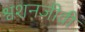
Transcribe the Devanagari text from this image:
श्वशनजीवी